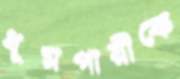
ধূমপায়ীকে